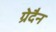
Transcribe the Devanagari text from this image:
ग्रेदैन